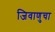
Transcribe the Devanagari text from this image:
जिवाणुचा